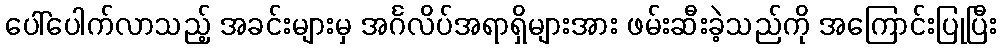
ပေါ်ပေါက်လာသည့် အခင်းများမှ အင်္ဂလိပ်အရာရှိများအား ဖမ်းဆီးခဲ့သည်ကို အကြောင်းပြုပြီး